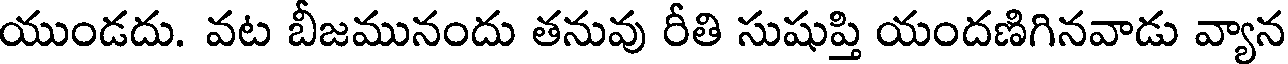
యుండదు. వట బీజమునందు తనువు రీతి సుషుప్తి యందణిగినవాడు వ్యాన